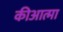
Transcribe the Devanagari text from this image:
कीआत्मा